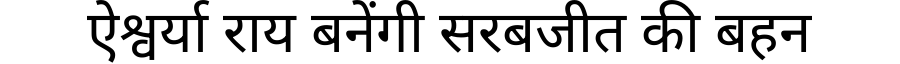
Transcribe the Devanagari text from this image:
ऐश्वर्या राय बनेंगी सरबजीत की बहन